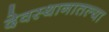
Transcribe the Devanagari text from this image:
देवस्थानातल्या